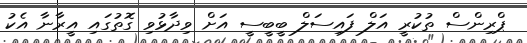
ޕްރިންސް ތުކުރީ އަލް ފައިސަލް ބީބީސީ އަށް ވިދާޅުވި ގޮތުގައި އީރާނާ އެކު